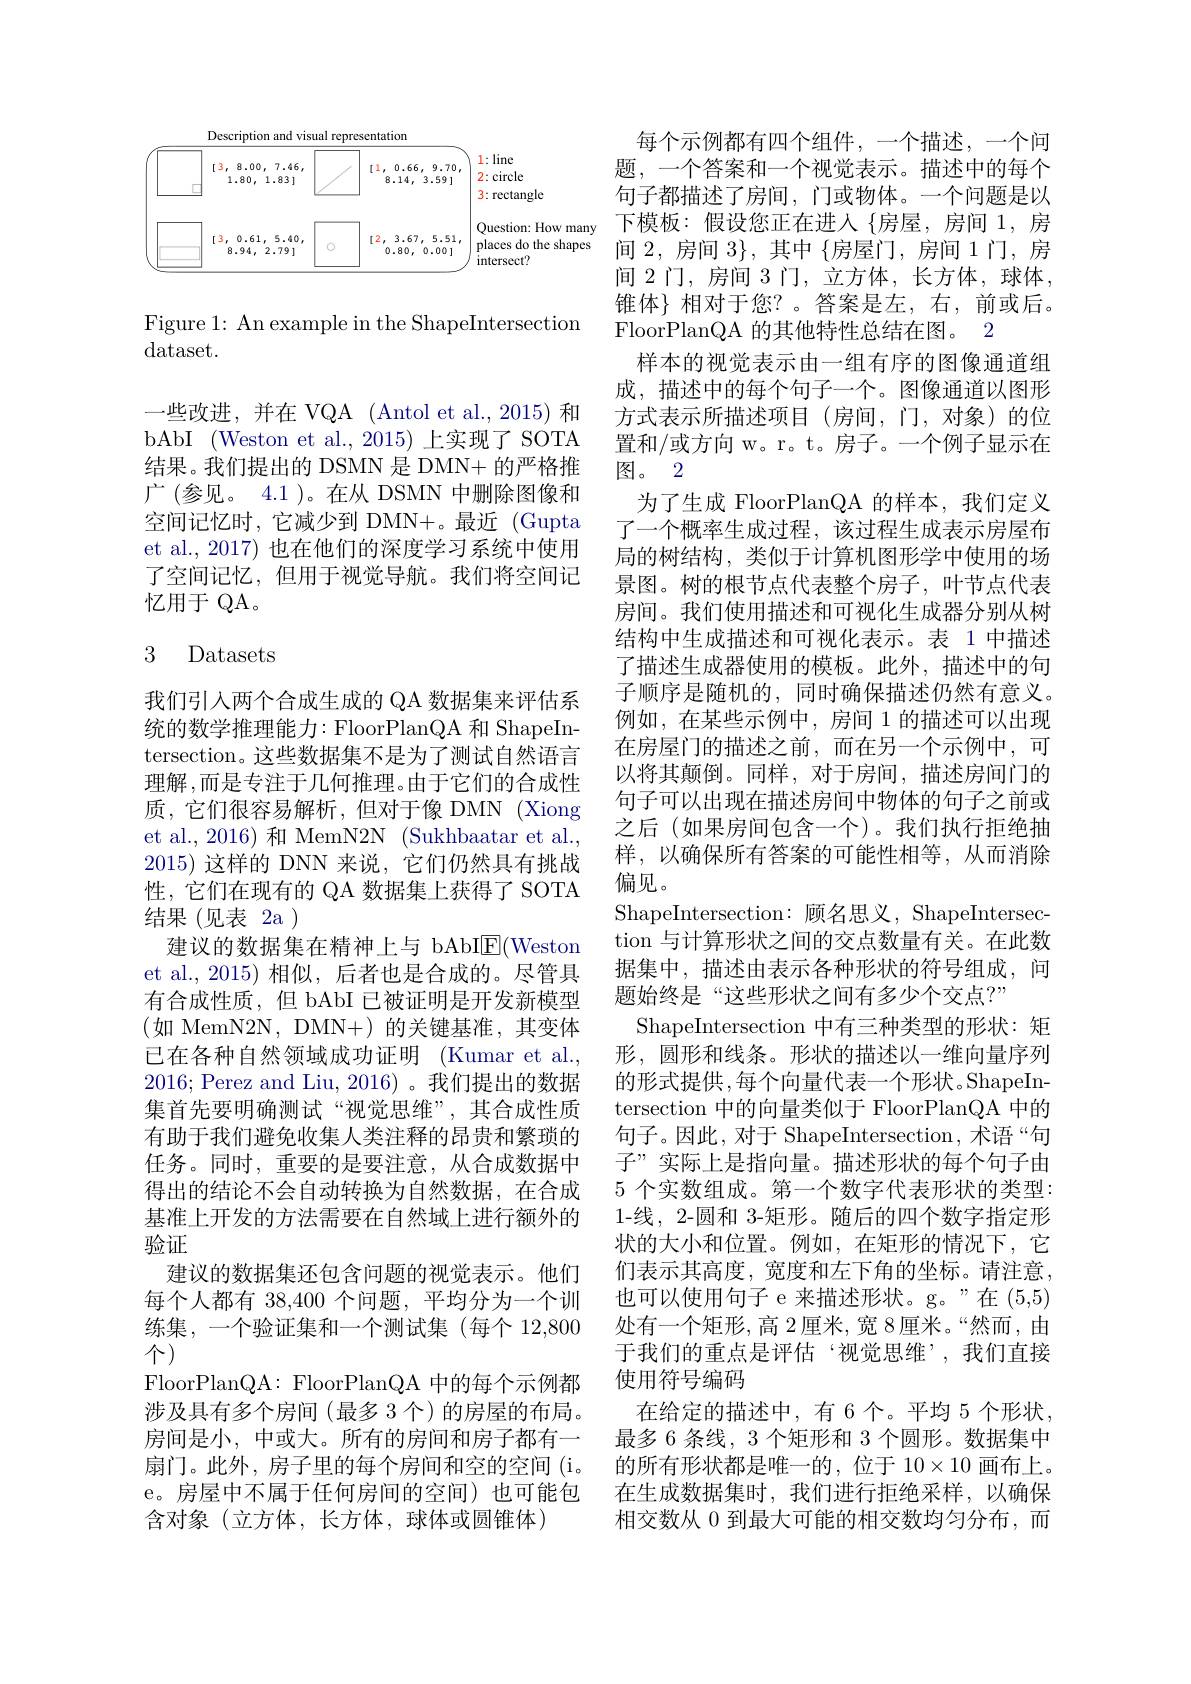
<FigureHere>

Figure 1: An example in the ShapeIntersection
$\operatorname{dataset}.$

一些改进，并在 VQA (Antol et al., 2015) 和bAbI (Weston et al.,2015)上实现了SOTA 结果。我们提出的 DSMN 是 DMN+ 的严格推广 (参见。4.1 )。在从 DSMN 中删除图像和空间记忆时，它减少到 DMN+。最近 (Gupta et al., 2017) 也在他们的深度学习系统中使用了空间记忆，但用于视觉导航。我们将空间记忆用于 QA。

### 3 Datasets

我们引入两个合成生成的 QA 数据集来评估系统的数学推理能力：FloorPlanQA 和 ShapeIntersection。这些数据集不是为了测试自然语言理解，而是专注于几何推理。由于它们的合成性质，它们很容易解析，但对于像 DMN (Xiong et al., 2016) 和 MemN2N (Sukhbaatar et al., 2015)这样的 DNN 来说，它们仍然具有挑战性，它们在现有的 QA 数据集上获得了 SOTA 结果(见表 2a)
建议的数据集在精神上与 bAbI$\mathbb{E}($Weston et al., 2015) 相似，后者也是合成的。尽管具有合成性质，但 bAbI 已被证明是开发新模型(如 MemN2N,DMN+)的关键基准，其变体已在各种自然领域成功证明 (Kumar et al., 2016; Perez and Liu, 2016)。我们提出的数据集首先要明确测试“视觉思维”,其合成性质有助于我们避免收集人类注释的昂贵和繁琐的任务。同时，重要的是要注意，从合成数据中得出的结论不会自动转换为自然数据，在合成基准上开发的方法需要在自然域上进行额外的验证
建议的数据集还包含问题的视觉表示。他们每个人都有 38,400 个问题，平均分为一个训练集，一个验证集和一个测试集(每个 12,800个(
FloorPlanQA: FloorPlanQA 中的每个示例都涉及具有多个房间(最多 3 个)的房屋的布局。房间是小，中或大。所有的房间和房子都有一扇门。此外，房子里的每个房间和空的空间(i。e。房屋中不属于任何房间的空间)也可能包含对象(立方体，长方体，球体或圆锥体)

每个示例都有四个组件，一个描述，一个问题，一个答案和一个视觉表示。描述中的每个句子都描述了房间，门或物体。一个问题是以下模板：假设您正在进入$\{$房屋，房间1，房间 2,房间 3$\}$, 其中 $\{$房屋门，房间 1门，房间 2门，房间 3 门，立方体，长方体，球体， 锥体}相对于您？。答案是左，右，前或后。FloorPlanQA 的其他特性总结在图。2
样本的视觉表示由一组有序的图像通道组成，描述中的每个句子一个。图像通道以图形方式表示所描述项目(房间，门，对象)的位置和/或方向 w。r。t。房子。一个例子显示在图。2
为了生成 FloorPlanQA 的样本，我们定义了一个概率生成过程，该过程生成表示房屋布局的树结构，类似于计算机图形学中使用的场景图。树的根节点代表整个房子，叶节点代表房间。我们使用描述和可视化生成器分别从树结构中生成描述和可视化表示。表 1 中描述了描述生成器使用的模板。此外，描述中的句子顺序是随机的，同时确保描述仍然有意义。例如，在某些示例中，房间 1 的描述可以出现在房屋门的描述之前，而在另一个示例中，可以将其颠倒。同样，对于房间，描述房间门的句子可以出现在描述房间中物体的句子之前或之后(如果房间包含一个)。我们执行拒绝抽样，以确保所有答案的可能性相等，从而消除偏见。
ShapeIntersection: 顾名思义，ShapeIntersection 与计算形状之间的交点数量有关。在此数据集中，描述由表示各种形状的符号组成，问题始终是“这些形状之间有多少个交点？”
ShapeIntersection 中有三种类型的形状：矩形，圆形和线条。形状的描述以一维向量序列的形式提供，每个向量代表一个形状。ShapeIntersection 中的向量类似于 FloorPlanQA 中的句子。因此，对于 ShapeIntersection, 术语“句子”实际上是指向量。描述形状的每个句子由5 个实数组成。第一个数字代表形状的类型： 1-线，2-圆和 3-矩形。随后的四个数字指定形状的大小和位置。例如，在矩形的情况下，它们表示其高度，宽度和左下角的坐标。请注意， 也可以使用句子 e 来描述形状。g。”在 (5,5) 处有一个矩形，高 2厘米，宽 8厘米。“然而，由于我们的重点是评估‘视觉思维’,我们直接使用符号编码
在给定的描述中，有6个。平均 5 个形状， 最多 6 条线，3 个矩形和 3 个圆形。数据集中的所有形状都是唯一的，位于 10$\times10$画布上。在生成数据集时，我们进行拒绝采样，以确保相交数从 0 到最大可能的相交数均匀分布，而